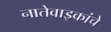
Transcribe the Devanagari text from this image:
नातेवाइकांचे